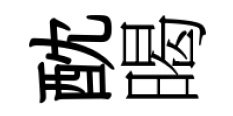
酖暍